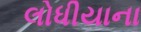
લોધીયાના